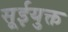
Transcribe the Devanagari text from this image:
सूईयुक्त